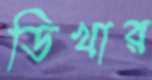
ডিখার